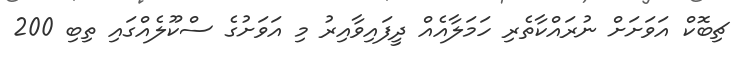
ޗިބޮކް އަވަށަށް ނުރައްކާތެރި ހަމަލާއެއް ދީފައިވާއިރު މި އަވަށުގެ ސްކޫލެއްގައި ތިބި 200